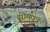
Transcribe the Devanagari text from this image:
सोमपुत्र